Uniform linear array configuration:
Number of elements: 8
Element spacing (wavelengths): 0.75
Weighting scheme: hann
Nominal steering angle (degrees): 30
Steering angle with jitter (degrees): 29.09
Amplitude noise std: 0.05
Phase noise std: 0.05

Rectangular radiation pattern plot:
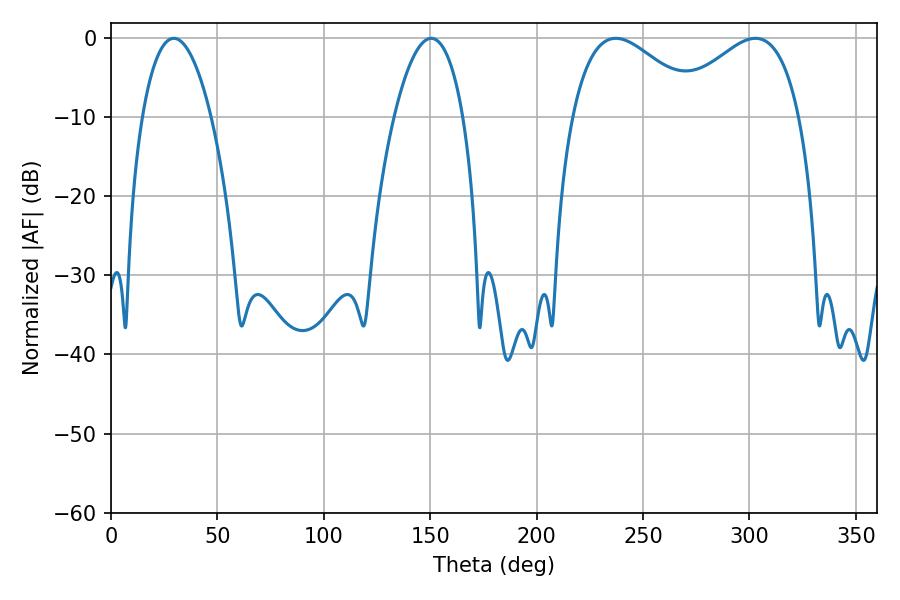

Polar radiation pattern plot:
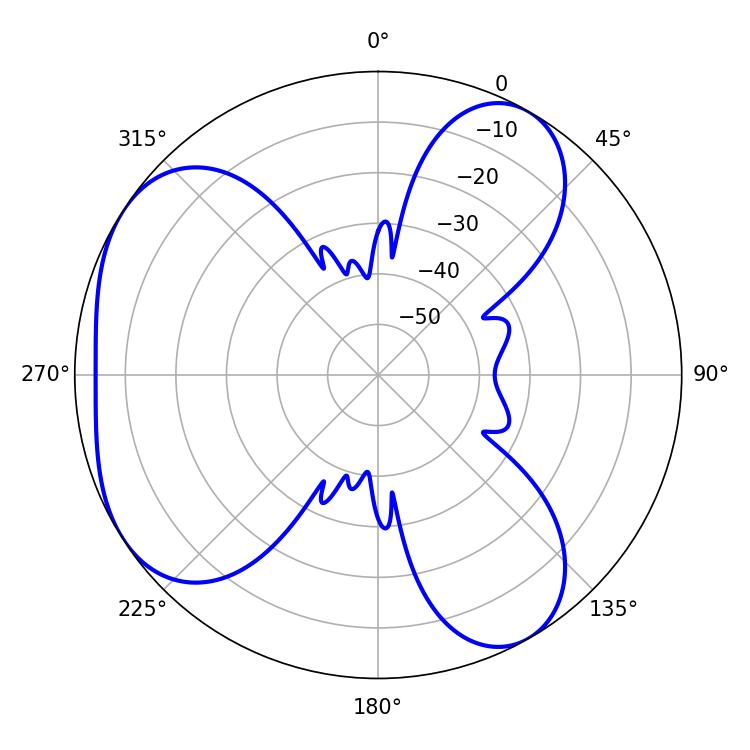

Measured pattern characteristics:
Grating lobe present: TRUE
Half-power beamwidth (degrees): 18.18
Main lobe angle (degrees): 29.52